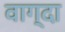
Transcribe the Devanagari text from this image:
वाग्दा